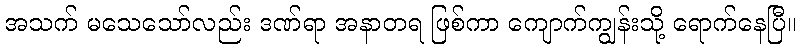
အသက် မသေသော်လည်း ဒဏ်ရာ အနာတရ ဖြစ်ကာ ကျောက်ကျွန်းသို့ ရောက်နေပြီ။